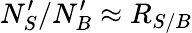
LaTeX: N_{S}^{\prime}/N_{B}^{\prime}\approx R_{S/B}